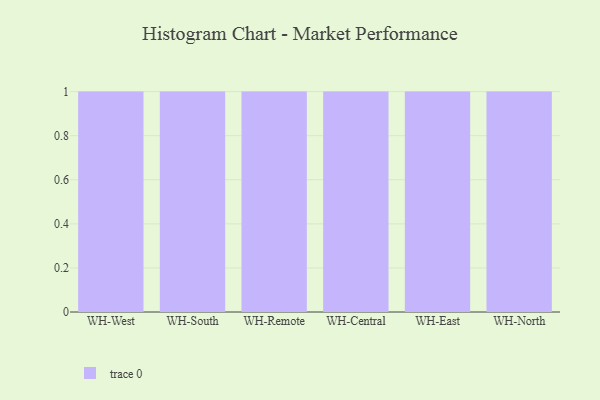
{"axis": {"x": "Warehouse", "y": "Backlog"}, "legend": [""], "data": [{"x": "WH-West", "y": 96, "type": ""}, {"x": "WH-South", "y": 90, "type": ""}, {"x": "WH-Remote", "y": 21, "type": ""}, {"x": "WH-Central", "y": 28, "type": ""}, {"x": "WH-East", "y": 13, "type": ""}, {"x": "WH-North", "y": 33, "type": ""}]}